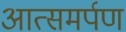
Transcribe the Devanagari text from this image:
आत्समर्पण